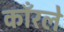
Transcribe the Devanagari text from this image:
काँरले